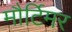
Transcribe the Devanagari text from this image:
मौर्टिमर